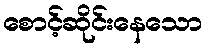
စောင့်ဆိုင်းနေသော